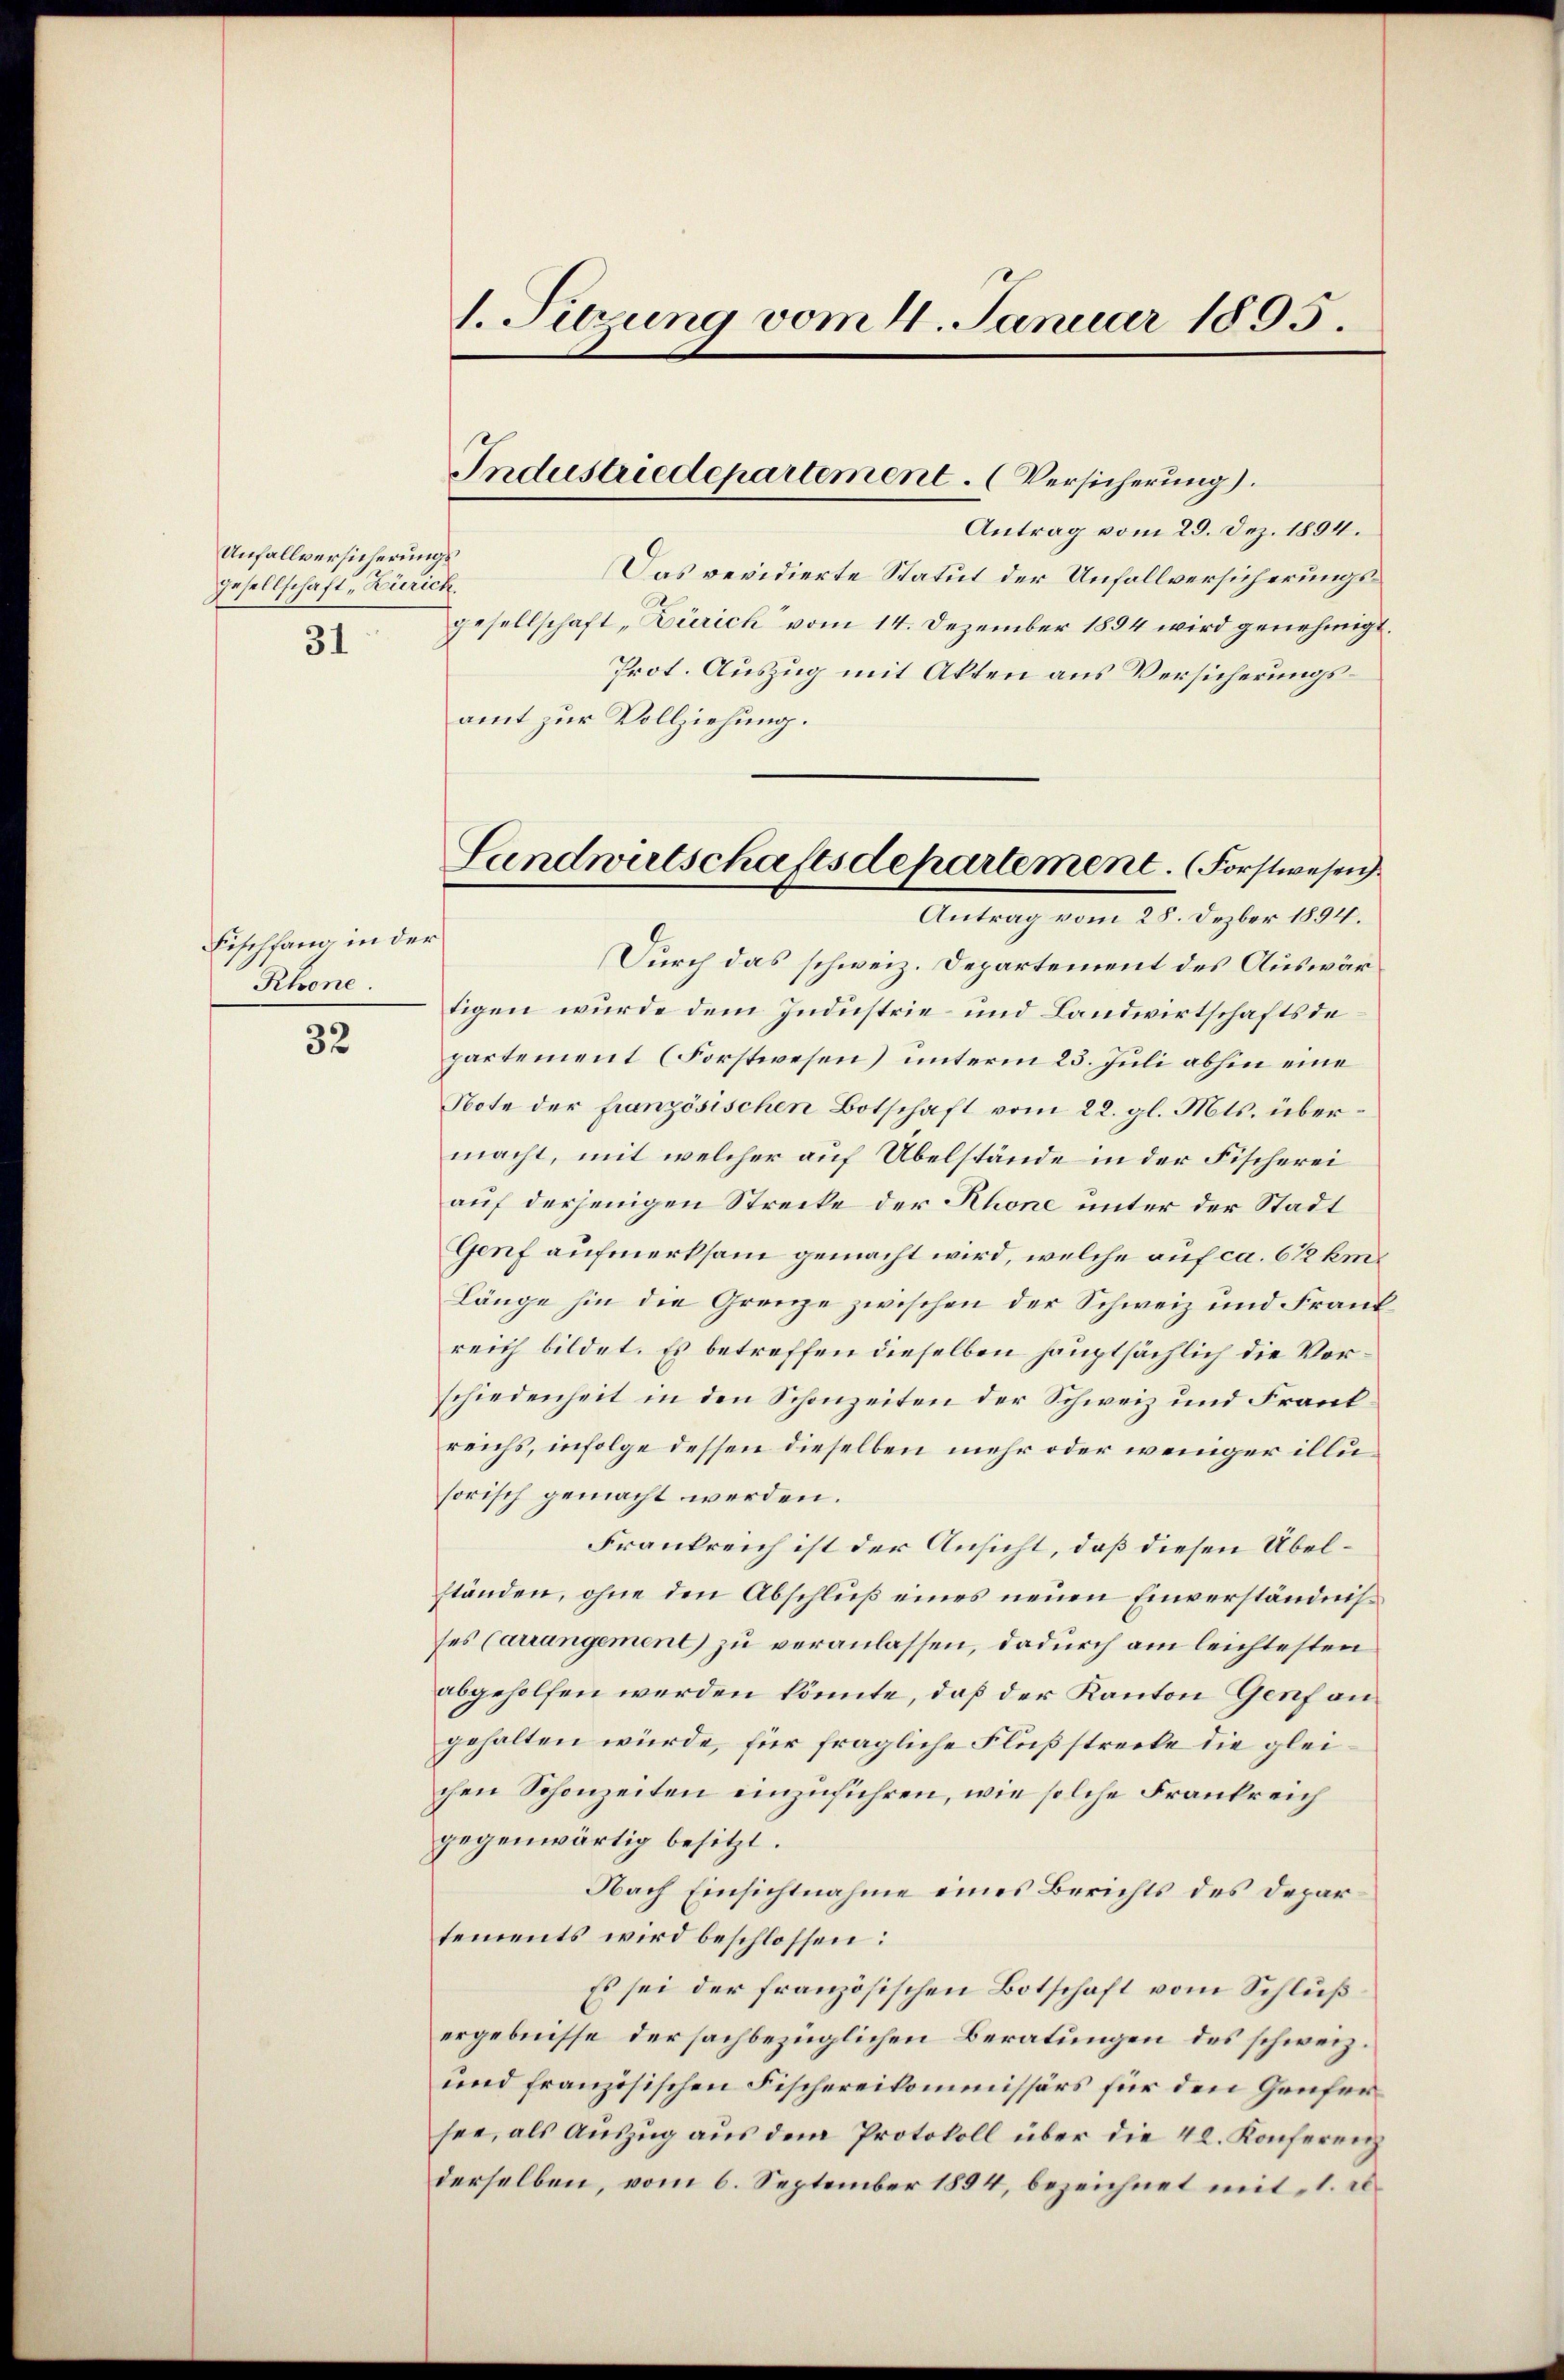
Unfallversicherungs¬
Gesellschaft, Zürich.
31

Fischfang in der
Rhone.

32

1. Sitzung vom 4. Januar 1805.

Industriedepartement. (Versicherung).

Antrag vom 29. Dez. 1894.
Das revidierte Statut der Unfallversicherungsgesellschaft Zürich“ vom 14. Dezember 1894 wird genehmigt.
Prot. Auszug mit Akten aus Versicherungsamt zur Vollziehung.
Durch das schweiz. Departement des Auswärtigen wurde dem Industrie und Landwirtschaftsdepartement (Forstwesen) unterm 25. Juli abhin eine
Note der französischen Botschaft vom 22. gl. Mts. übermacht, mit welcher auf Übelstände in der Fischerei
auf derjenigen Strecke der Rhone unter der Stadt
Genf aufmerksam gemacht wird, welche auf ca. 6 1/2 km¬
Länge hin die Grenze zwischen der Schweiz und Frankreich bildet. Es betreffen dieselben hauptsächlich die Verschiedenheit in den Schonzeiten der Schweiz und Frant
reichs, infolge dessen dieselben mehr oder weniger illusorisch gemacht werden.
Frankreich ist der Ansicht, daß diesen Übelständen, ohne den Abschluß eines neuen Einverständnisses Carrangement zu veranlassen, dadurch am leichtesten
abgeholfen werden könnte, daß der Kanton Genf an
gehalten würde, für fragliche Flußstrecke die gleichen Schonzeiten einzuführen, wie solche Frankreich
gegenwärtig besitzt.
Nach Einsichtnahme eines Berichts des Departements wird beschlossen:
Es sei der französischen Botschaft vom Schlußergebnisse der sachbezüglichen Beratungen des schweiz.
und französischen Fischereikommissärs für den Genfersee, als Aŭszŭg aŭs dem Protokoll über die 42. Konferenz
derselben, vom 6. September 1894, bezeichnet mit 1. d.

Landwirtschaftsdepartement. (Forstwesen.
Antrag vom 28. Dezber 1894.